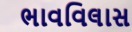
ભાવવિલાસ